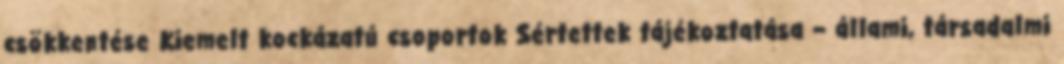
csökkentése Kiemelt kockázatú csoportok Sértettek tájékoztatása – állami, társadalmi